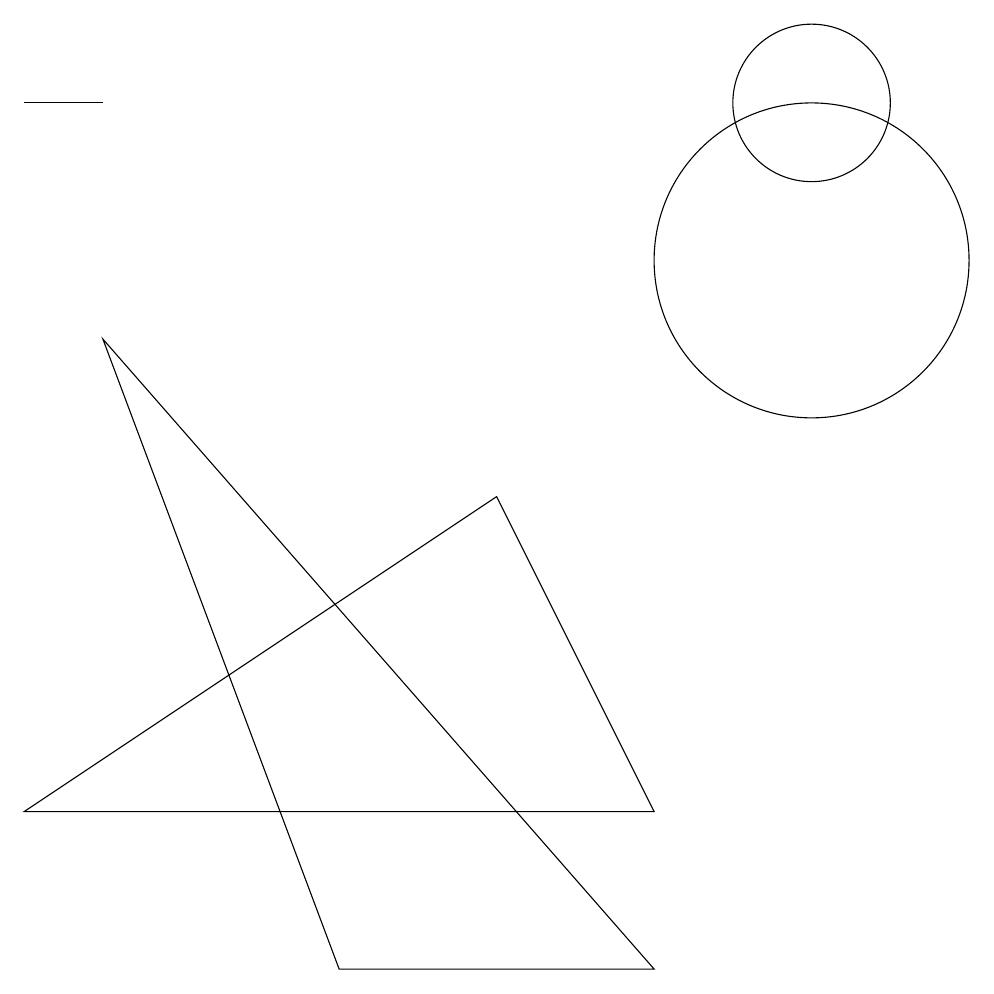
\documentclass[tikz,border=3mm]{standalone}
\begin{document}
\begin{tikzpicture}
\draw (9,3) -- (1,3) -- (7,7) -- cycle;
\draw (11,12) circle (1);
\draw (11,10) circle (2);
\draw (5,1) -- (2,9) -- (9,1) -- cycle;
\draw (2,12) rectangle (1,12);
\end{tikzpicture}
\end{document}